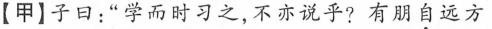
【甲】子曰：”学而时习之，不亦说乎?有朋自远方